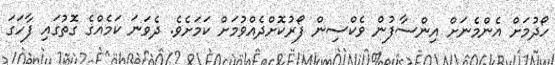
ހޯދުމަށް އެންމެނަށް އިންސާފުން ވެކްސިން ފޯރުކޮށްދެއްވުމަށް ކަމަށެވެ. ދެވަނަ ކަމެއްގެ ގޮތުގައި ފާހަގަ